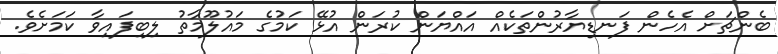
ބެންޗަށް އެހެން ފަނޑިޔާރުންތަކެއް އައްޔަން ކުރަން އުޅޭ ކަމުގެ މައުލޫމާތު ލިބިފައިވާ ކަމަށެވެ.